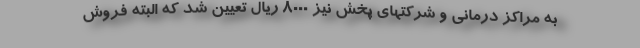
به مراکز درمانی و شرکتهای پخش نیز 8000 ریال تعیین شد که البته فروش